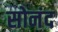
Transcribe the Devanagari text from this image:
सोनंद